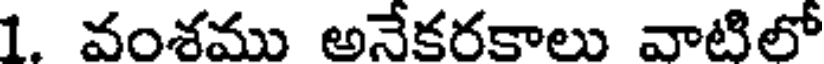
1. వంశము అనేకరకాలు వాటిలో